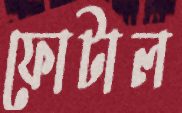
ফোটাল